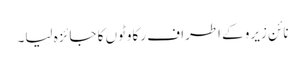
نائن زیرو کے اطراف رکاوٹوں کا جائزہ لیا۔